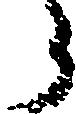
う